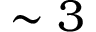
\sim 3